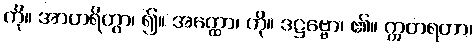
ကို။ အာဟရိတွာ၊ ၍။ အတ္ထော၊ ကို။ ဒဋ္ဌဗ္ဗော၊ ၏။ ဣတရတာ၊